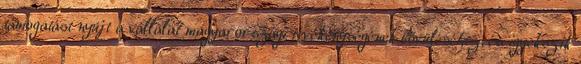
támogatást nyújt a vállalat magyarországi tevékenységének bővüléséhez, és igyekszik